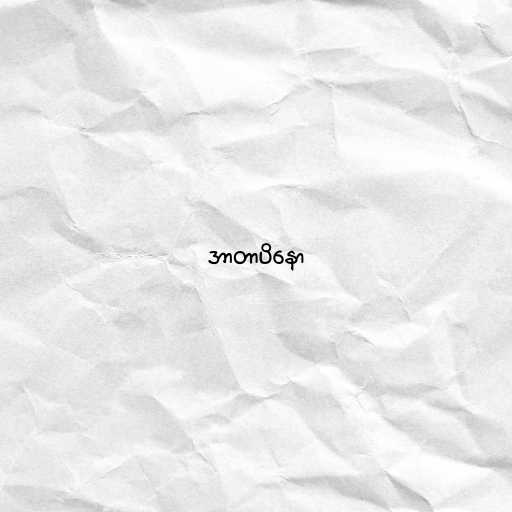
အာတာပိနော